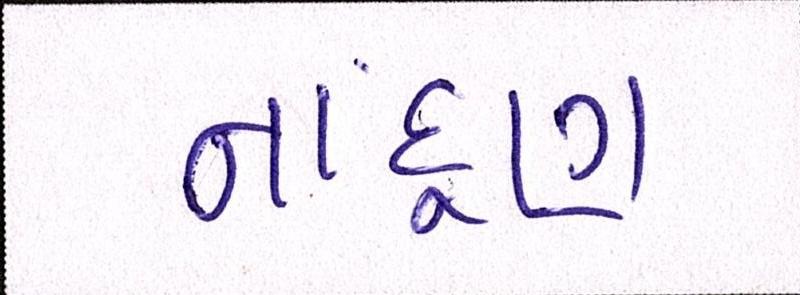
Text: નાંદૂણ